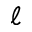
\ell